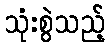
သုံးစွဲသည့်